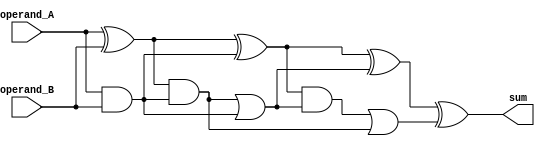
module kogge_stone_adder (
    input [15:0] operand_A,
    input [15:0] operand_B,
    output [15:0] sum
);

// Declaration of internal signals
wire [15:0] psum [3:0]; // Partial sum signals
wire [15:0] carry [3:0]; // Carry signals

// First layer of Kogge-Stone Adder
assign psum[0] = operand_A ^ operand_B;
assign carry[0] = operand_A & operand_B;

// Second layer of Kogge-Stone Adder
assign psum[1] = psum[0] ^ carry[0];
assign carry[1] = (psum[0] & carry[0]) | (operand_A & operand_B);

// Third layer of Kogge-Stone Adder
assign psum[2] = psum[1] ^ carry[1];
assign carry[2] = (psum[1] & carry[1]) | (psum[0] & carry[0]);

// Fourth layer of Kogge-Stone Adder
assign psum[3] = psum[2] ^ carry[2];
assign carry[3] = (psum[2] & carry[2]) | (psum[1] & carry[1]);

// Output the final sum
assign sum = psum[3];

endmodule